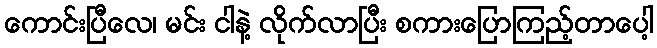
ကောင်းပြီလေ၊ မင်း ငါနဲ့ လိုက်လာပြီး စကားပြောကြည့်တာပေါ့